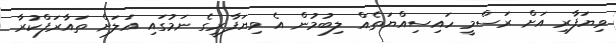
ވިޔަފާރި އަށް ރަސްމީ ހައިސިއްޔަތެއް ލިބުމުން އެ ވިޔަފާރީގެ ނަމުގައި އަލަށް ތައާރަފްކުރާ